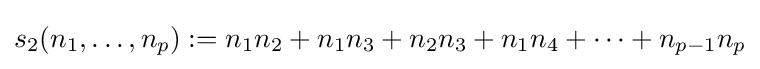
s_{2}(n_{1},\ldots ,n_{p}):=n_{1}n_{2}+n_{1}n_{3}+n_{2}n_{3}+n_{1}n_{4}+\cdots +n_{p-1}n_{p}